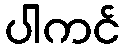
ပါကင်